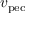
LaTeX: v _ { \mathrm { p e c } }